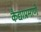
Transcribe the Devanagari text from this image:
कैद्याप्रमाणे